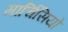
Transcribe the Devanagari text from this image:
मार्चिसियो